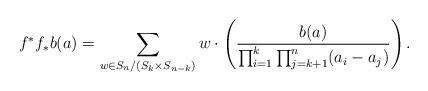
LaTeX: \begin{align*}f^*f_*b(a) = \sum_{w \in S_n /(S_k \times S_{n-k})} w\cdot \left(\dfrac{b(a)}{\prod_{i=1}^k \prod_{j=k+1}^n (a_i - a_j)} \right).\end{align*}